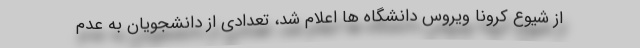
از شیوع کرونا ویروس دانشگاه ها اعلام شد، تعدادی از دانشجویان به عدم